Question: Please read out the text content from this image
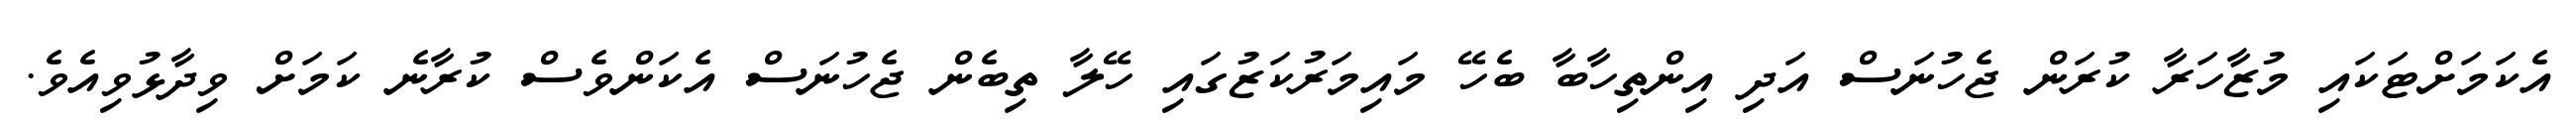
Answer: އެކަމަށްޓަކައި މުޒާހަރާ ކުރަން ޖެހުނަސް އަދި އިންތިހާބާ ބެހޭ މައިމަރުކަޒުގައި ހޭލާ ތިބެން ޖެހުނަސް އެކަންވެސް ކުރާނެ ކަމަށް ވިދާޅުވިއެވެ.